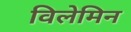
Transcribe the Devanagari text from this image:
विलेमिन